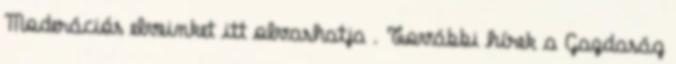
Moderációs elveinket itt olvashatja . További hírek a Gazdaság